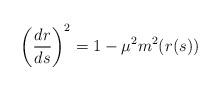
LaTeX: \begin{align*}\left(\frac{dr}{ds}\right)^2 =1-\mu^2m^2(r(s))\end{align*}